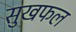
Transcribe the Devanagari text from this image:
सुखफल